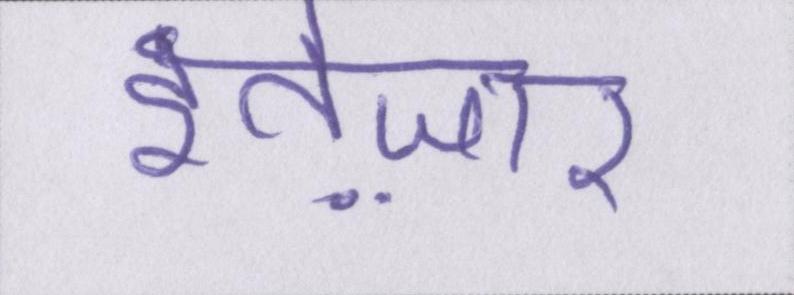
इंतेज़ार